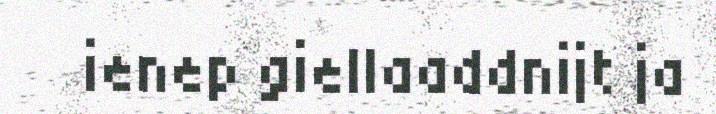
ienep giellaaddnijt ja